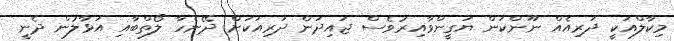
މިކާލްއަކީ ދަރިއެއް ނޫންކަން ޔަގީންވާއިރުވެސް ޖައިދަން ދަރިއަކަށް ދޭނެހާ ލޯތްބާއި އަޅާލުން ދެނީ